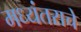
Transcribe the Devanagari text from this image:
मध्यंतराचे